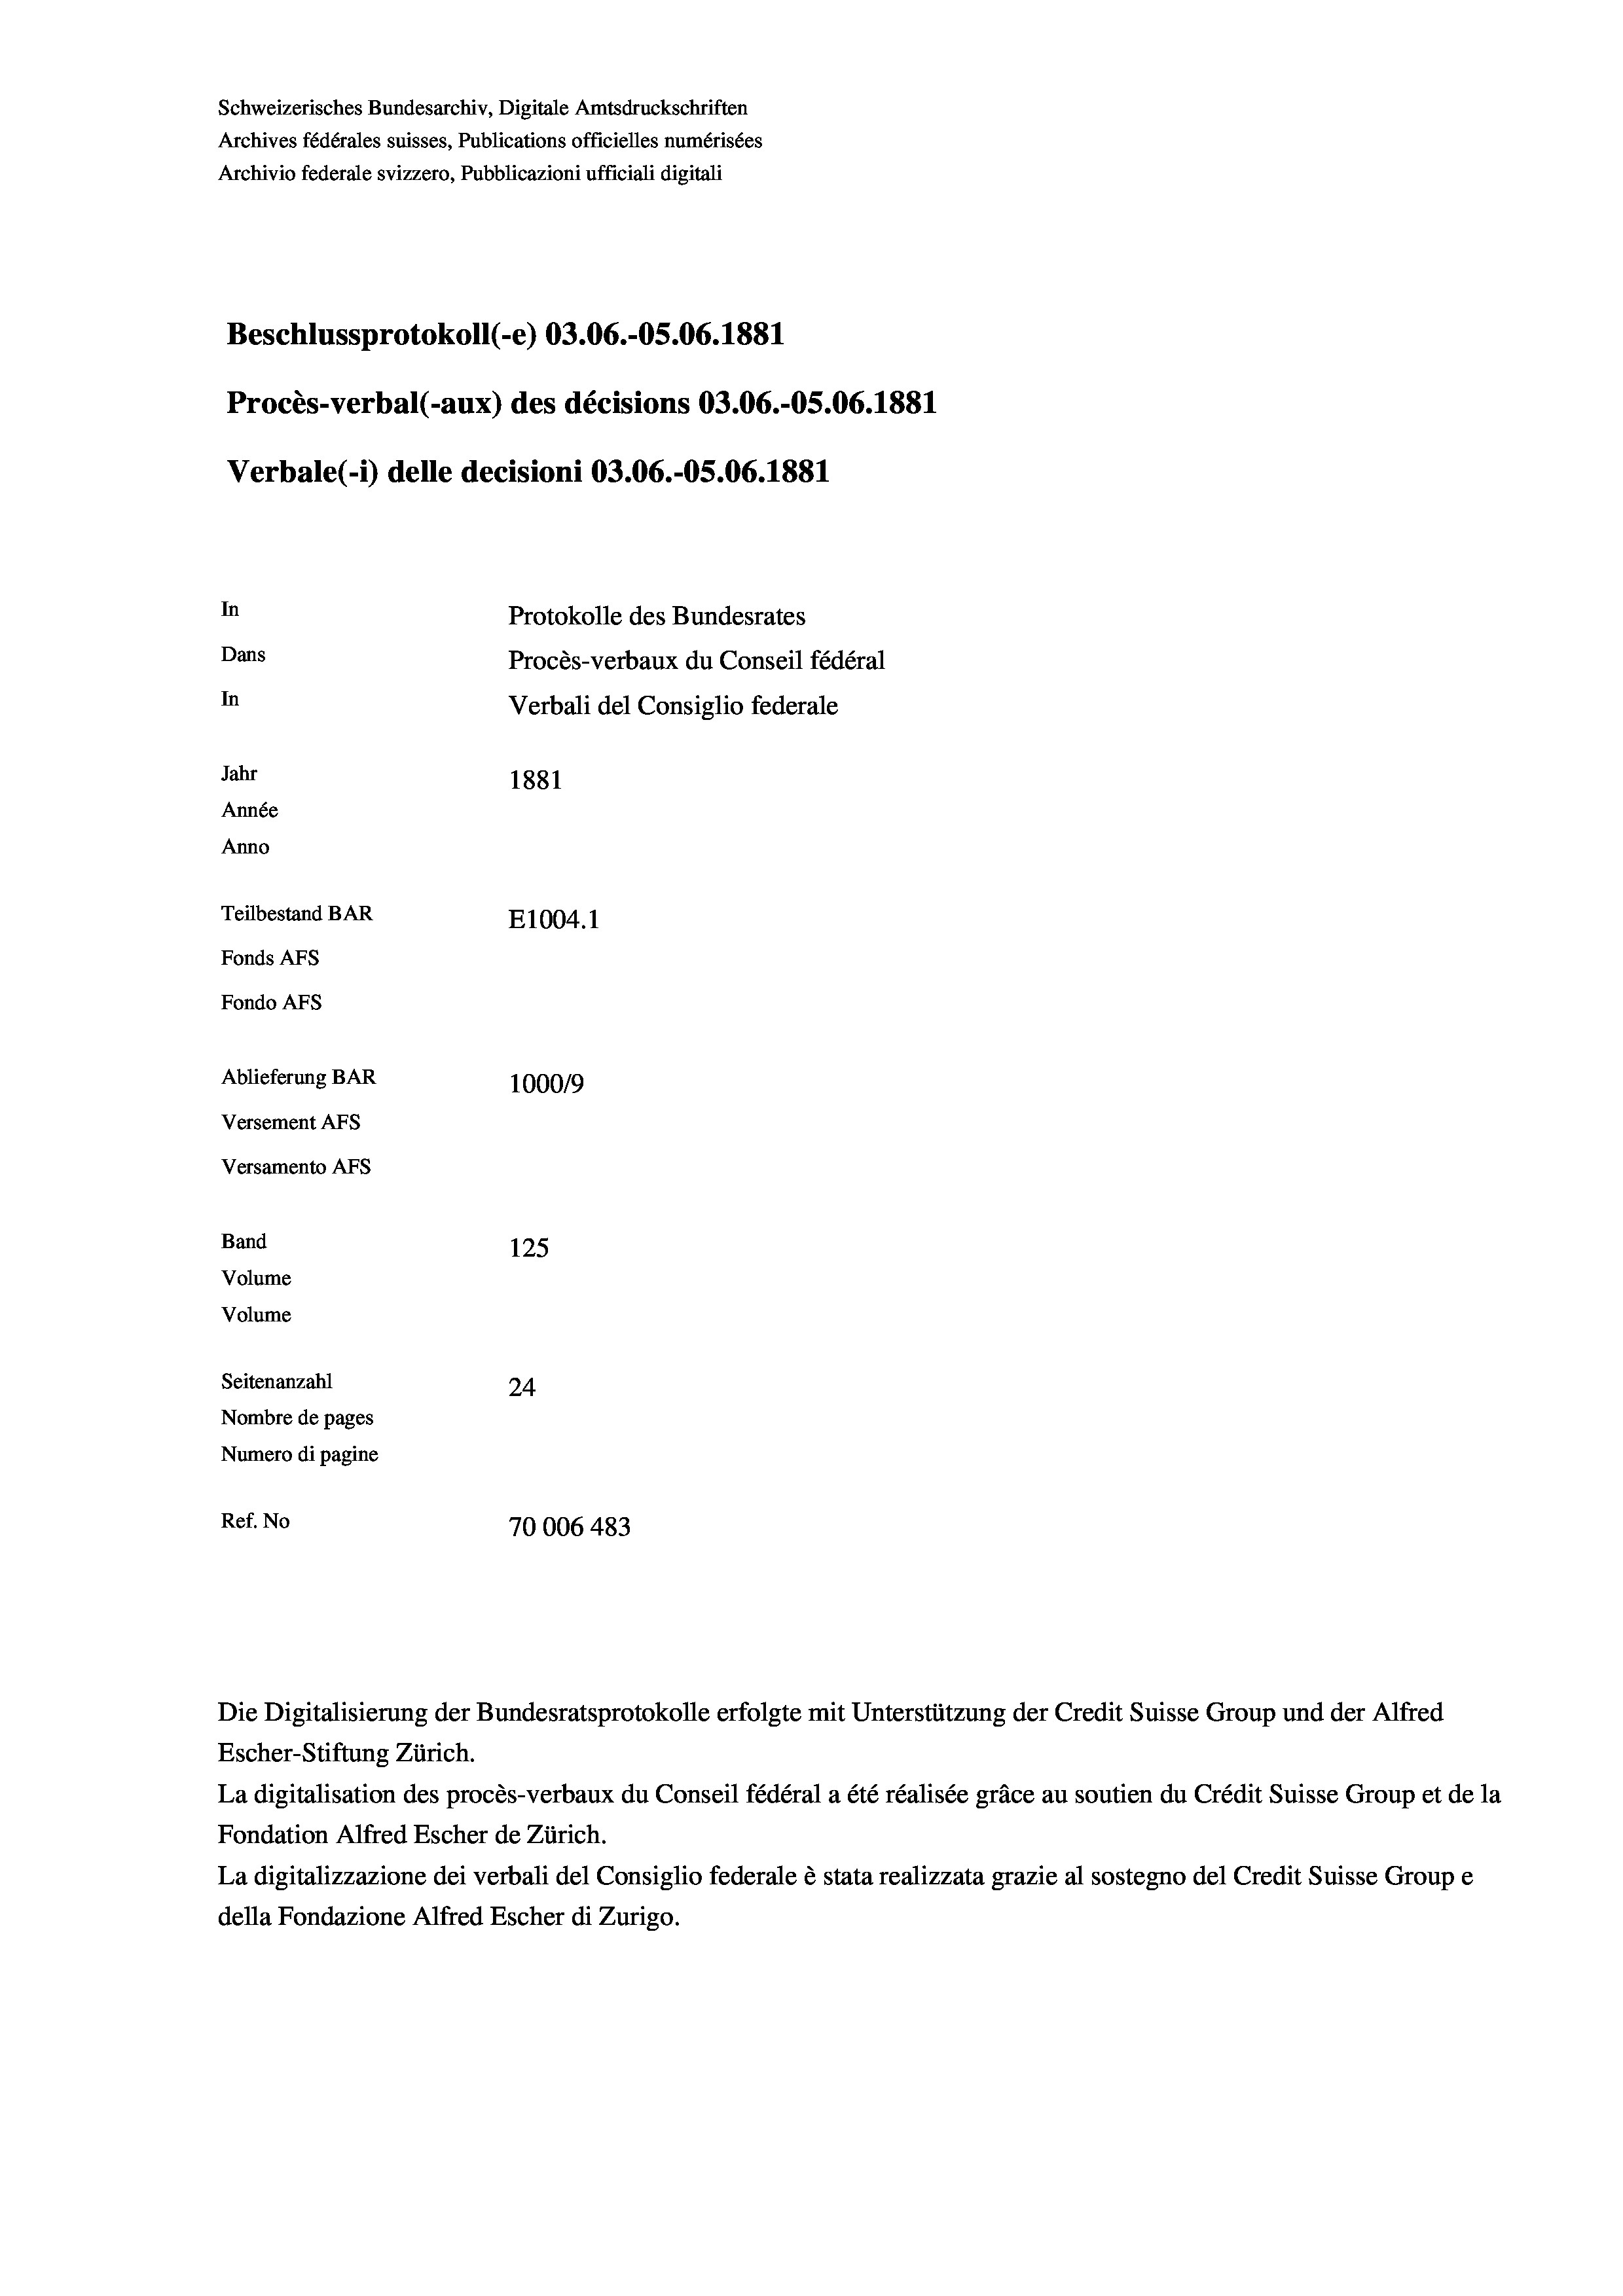
Schweizerisches Bundesarchiv, Digitale Amtsdruckschriften
Archives fédérales suisses, Publications officielles numérisées
Archivio federale svizzero, Pubblicazioni ufficiali digitali
Beschlussprotokoll (-e) 03.06.-05.06. 1881
Procès-verbal (-aux) des décisions 03.06.-OS.06. 1881
Verbale (1) delle decisioni 03.06.-OS.06. 1881
In
Protokolle des Bundesrates
Dans
Procès-verbaux du Conseil fédéral
In
Verbali del Consiglio federale
Jahr
1881
Année
Anno
Teilbestand BAR
E1004.1
Fonds AFs
Fondo Afs
Ablieferung BAR
100019
Versement AFs
Versamento AFS
Band
125
Volume
Volume
Seitenanzahl
24
Nombre de pages
Numero di pagine
Ref. No
70006 483

Die Digitalisierung der Bundesratsprotokolle erfolgte mit Unterstützung der Credit Suisse Group und der Alfred
Escher-Stiftung Zürich.
La digitalisation des procès-verbaux du Conseil fédéral a été réalisée gräce au soutien du Crédit Suisse Group et de la
Fondation Alfred Escher de Zürich.
La digitalizzazione dei verbali del Consiglio federale è stata realizzata grazie al sostegno del Credit Suisse Groupe
della Fondazione Alfred Escher di Zurigo.